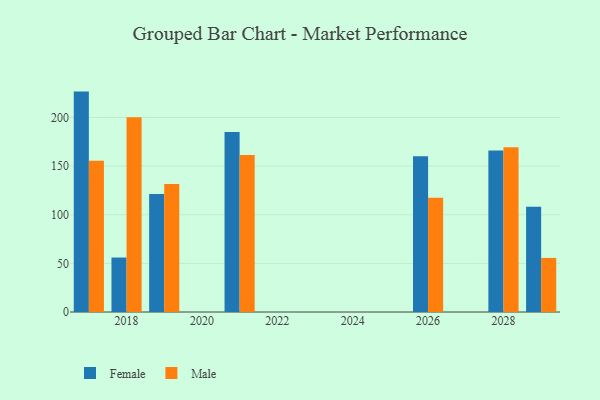
{"axis": {"x": "Year", "y": "Churn Rate (%)"}, "legend": ["Female", "Male"], "data": [{"x": "2026", "y": 160.2, "type": "Female"}, {"x": "2026", "y": 117.4, "type": "Male"}, {"x": "2018", "y": 56.0, "type": "Female"}, {"x": "2018", "y": 200.3, "type": "Male"}, {"x": "2028", "y": 166.0, "type": "Female"}, {"x": "2028", "y": 169.5, "type": "Male"}, {"x": "2029", "y": 108.2, "type": "Female"}, {"x": "2029", "y": 55.6, "type": "Male"}, {"x": "2017", "y": 226.6, "type": "Female"}, {"x": "2017", "y": 155.5, "type": "Male"}, {"x": "2021", "y": 185.1, "type": "Female"}, {"x": "2021", "y": 161.5, "type": "Male"}, {"x": "2019", "y": 121.2, "type": "Female"}, {"x": "2019", "y": 131.5, "type": "Male"}]}